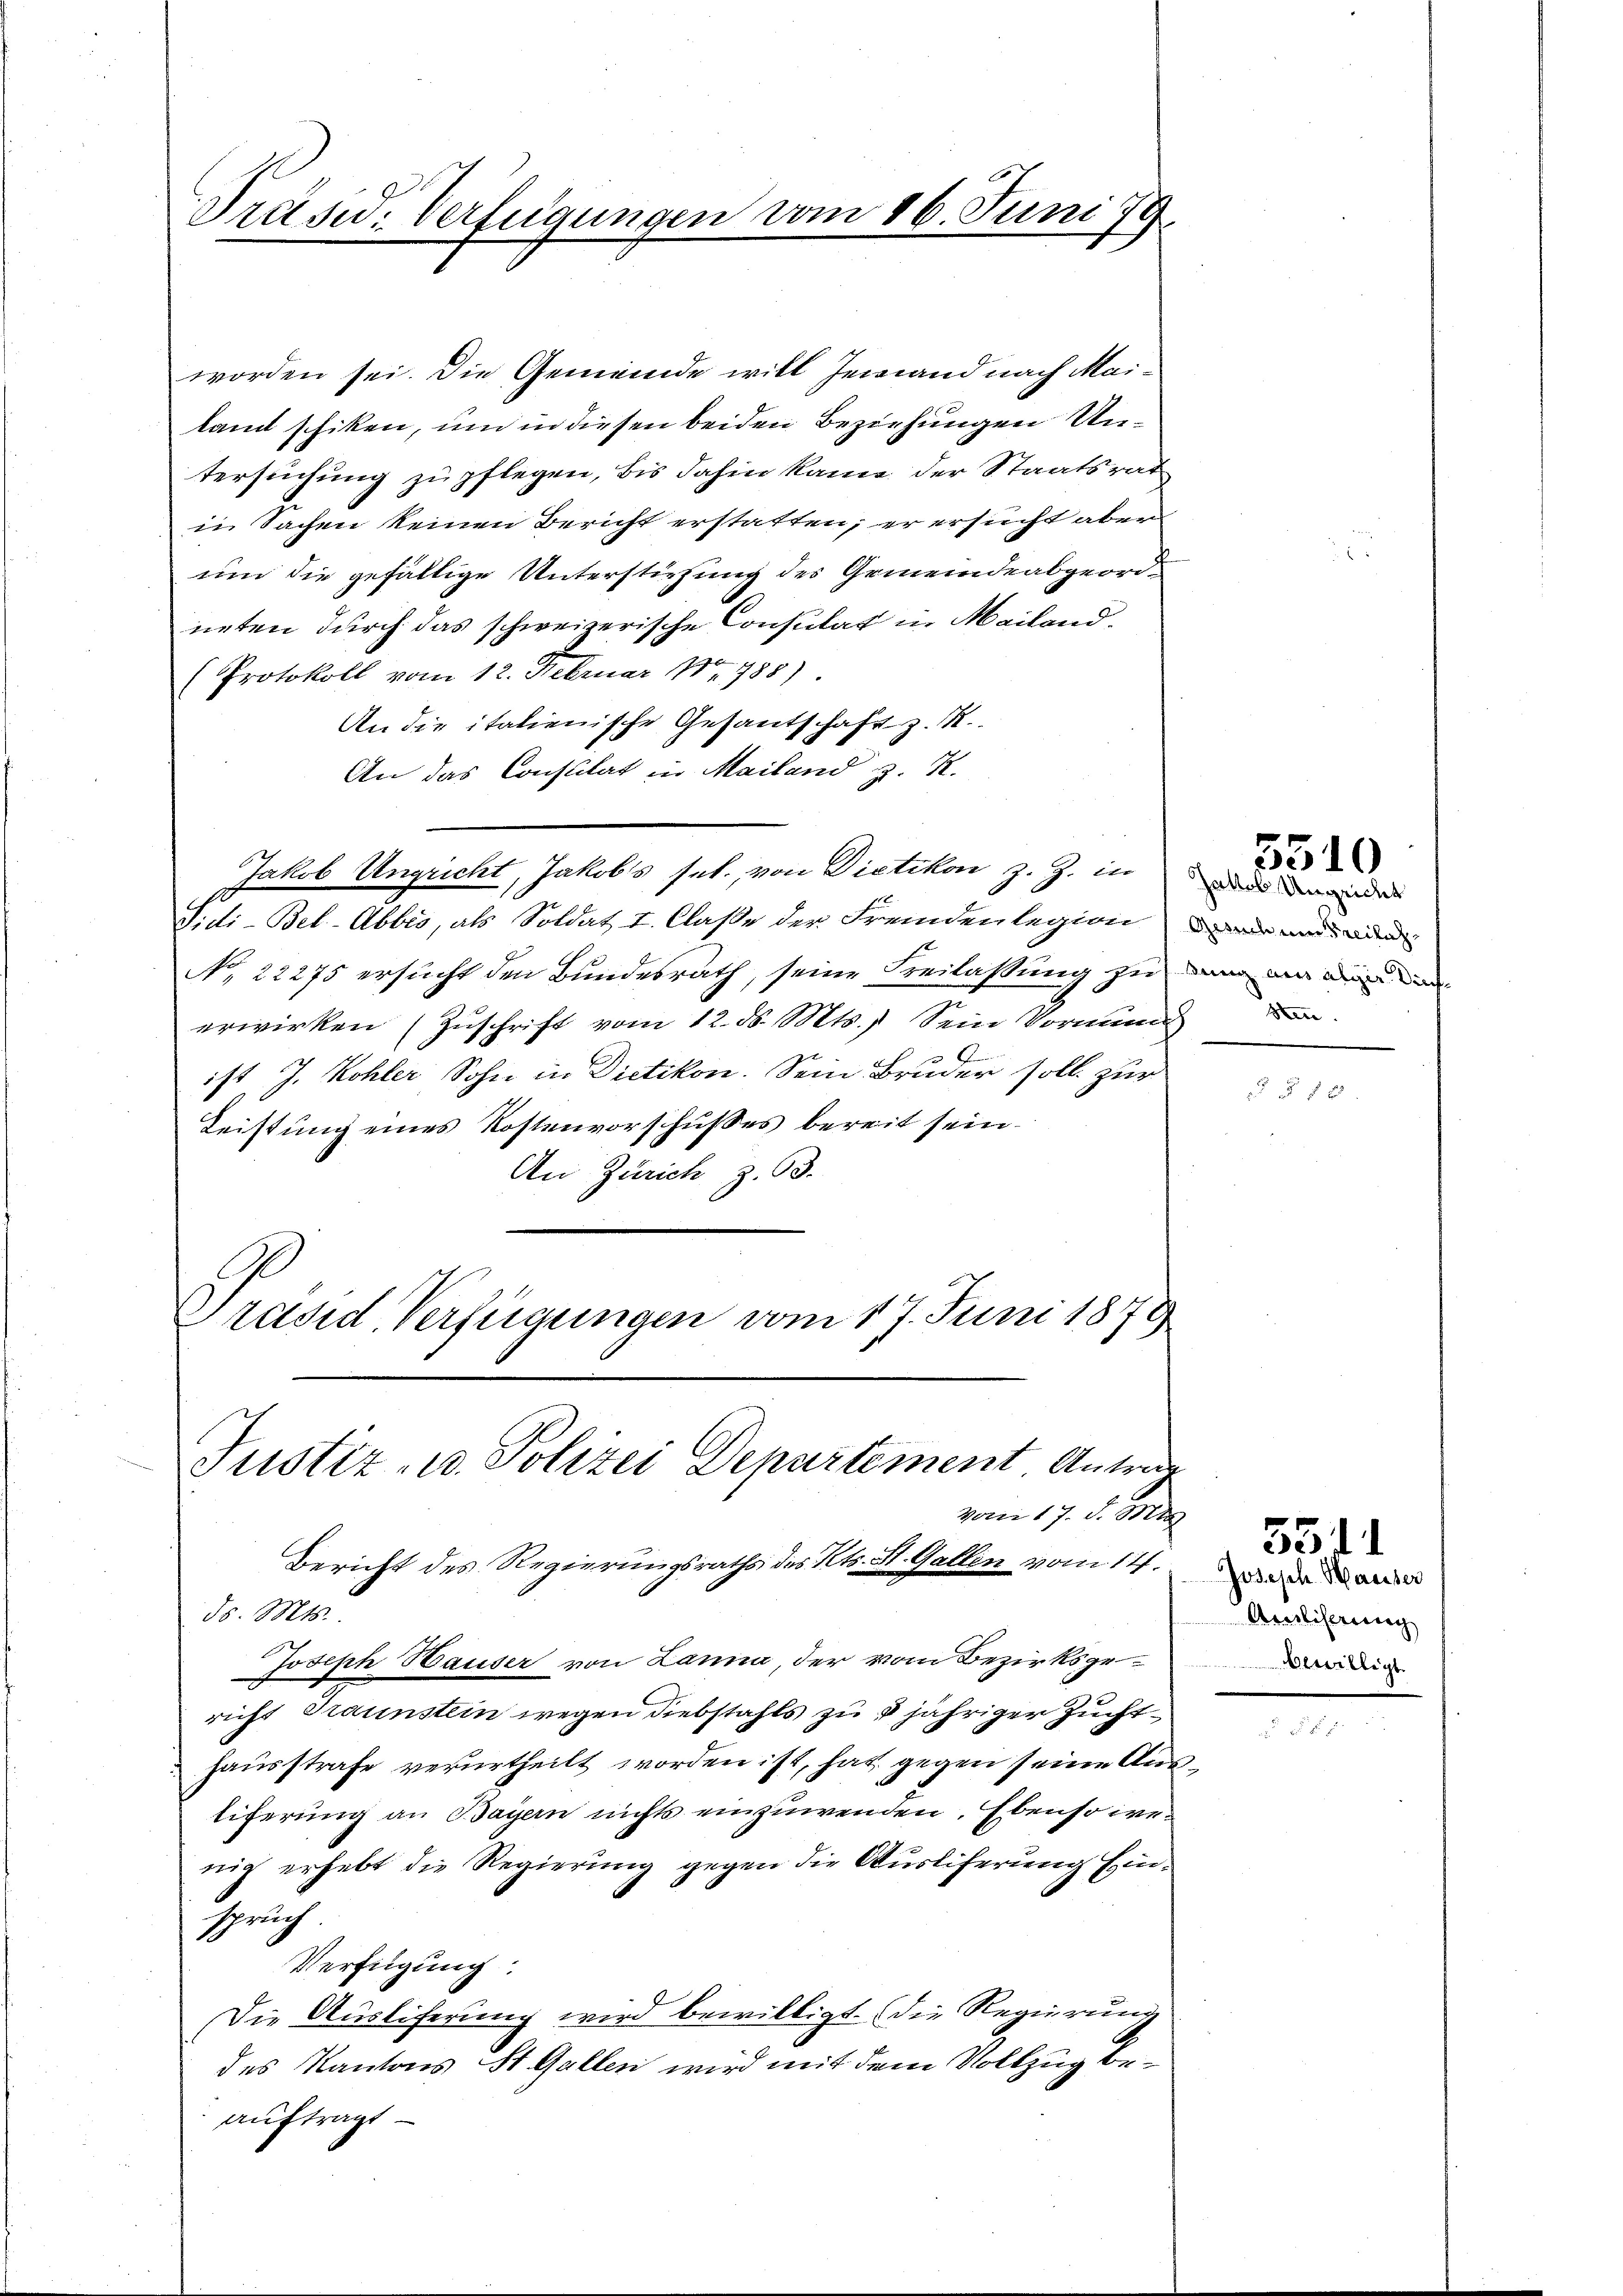
Präsid. Verfügungen vom 16. Juni 179

worden sei. Die Gemeinde will jemand nach Mailamt schiken, um in diesen beiden Beziehungen Untersuchung zu pflegen, bis dahin kame der Staatsrat
in Sachen keinen Bericht erstatten; er ersucht aber
um die gefällige Unterstürzung des Gemeindeabgeordneten durch das schweizerische Consulat in Mailand¬
(Protokoll vom 12. Februar 1788)
An die italienische Gesantschaft z. R.
An das Constitat in Mailand z. K.
Jakob Ungricht, Jakobs sel. von Dietikon z. Z. in
S.di-Bel-Abbis, als Soldat I. Claße der Fremdenlegion
No. 22275 ersucht den Bundesrath, seine Freilassung zu
erwirken (Zuschrift vom 12. ds. Mts. Sein Vormung de
ist J. Kohler Sohn in Dietikon. Sein Bruder soll zur
Leistung eines Kostenvorschußes bereit sein.
An Zürich z. 93.
Präsid. Verfügungen vom 17. Juni 1879

Justiz- u. Polizei Departement, Antrag
vom 17. d. Mts.

Bericht des Regierungsraths des Kts. St. Gallen vom 14.
ds. Mts.
Joseph Hauser von Lanna, der vom Bezirksgericht Traunstein wegen Diebstahls zu jähriger Zuchthausstrafe verurtheilt worden ist, hat gegen seine Austiferung an Bayern nichts einzuwenden. Ebenso wenig erhebt die Regierung gegen die Ausliferung Einspruch
Verfügung:
Die Auslieferung wird bewilligt. (die Regierung
des Kantons St. Gallen wird mit dem Vollzug beauftragt

Gesuch um Freilichdung aus algie diese

5510
Jakob Unzeicht

1 x

Joseph Hauser
Arestiferung
uilligt.

5511